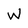
Character: W